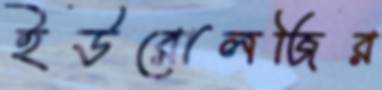
ইউরোলজির